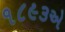
૧૮૯૩એ